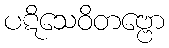
ပဋိသေဝိတဗ္ဗော